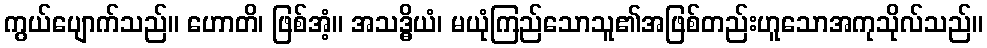
ကွယ်ပျောက်သည်။ ဟောတိ၊ ဖြစ်အံ့။ အသဒ္ဓိယံ၊ မယုံကြည်သောသူ၏အဖြစ်တည်းဟူသောအကုသိုလ်သည်။